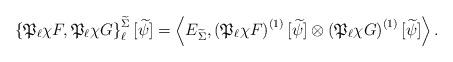
LaTeX: \begin{align*} \left\{ \mathfrak{P}_{\ell} \chi F, \mathfrak{P}_{\ell} \chi G \right\}_{\ell}^{\widetilde{\Sigma}} [\widetilde{\psi}] = \left\langle E_{\widetilde{\Sigma}}, \left( \mathfrak{P}_{\ell} \chi F \right)^{(1)}[\widetilde{\psi}] \otimes \left( \mathfrak{P}_{\ell} \chi G \right)^{(1)}[\widetilde{\psi}] \right\rangle. \end{align*}